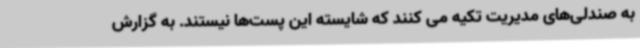
به صندلی‌های مدیریت تکیه می کنند که شایسته این پست‌ها نیستند. به گزارش